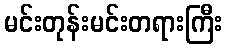
မင်းတုန်းမင်းတရားကြီး